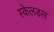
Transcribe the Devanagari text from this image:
स्केलडस